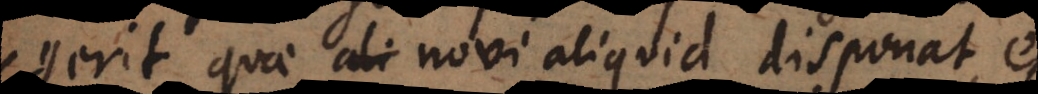
gerit quae novi aliquid disponat, et